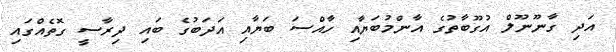
އަދި ގާނޫނޫލް އުގޫބާތުގެ އާންމުބަޔާއި ހާއްސަ ބަޔާއި އަދަބުގެ ބައި ދިރާސީ ގޮތެއްގައި